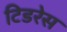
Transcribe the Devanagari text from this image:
टिडरेस